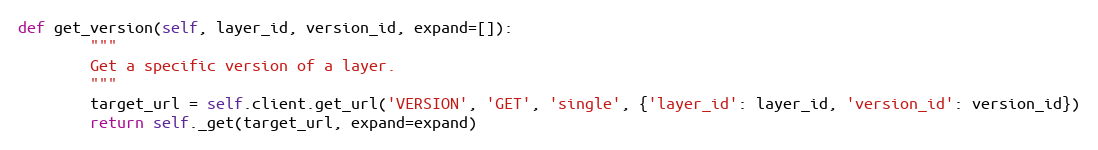
Language: Python
def get_version(self, layer_id, version_id, expand=[]):
        """
        Get a specific version of a layer.
        """
        target_url = self.client.get_url('VERSION', 'GET', 'single', {'layer_id': layer_id, 'version_id': version_id})
        return self._get(target_url, expand=expand)